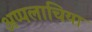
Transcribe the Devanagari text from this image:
अप्पलाचिया